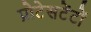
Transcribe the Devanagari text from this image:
प्रोटेसटेंटों